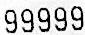
99999